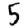
Digit: 5